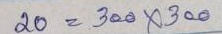
20 = 300 x 300